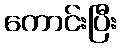
ကောင်းပြီး